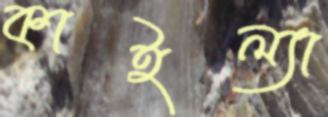
কাইল্যা